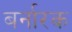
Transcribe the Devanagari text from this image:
बर्नारक